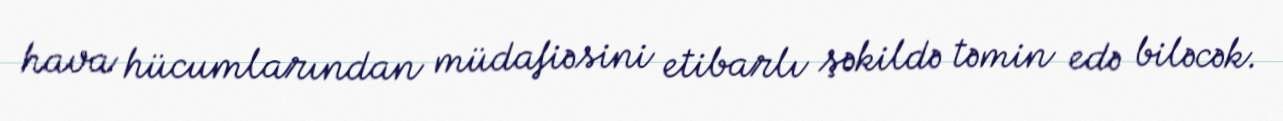
hava hücumlarından müdafiəsini etibarlı şəkildə təmin edə biləcək.